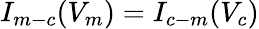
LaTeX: I_{m-c}(V_{m})=I_{c-m}(V_{c})